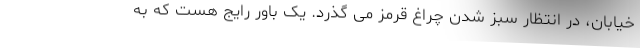
خیابان، در انتظار سبز شدن چراغ قرمز می گذرد. یک باور رایج هست که به